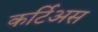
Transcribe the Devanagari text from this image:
कर्टिअस